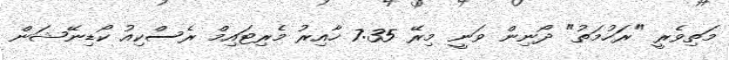
މަތިވެރީ "ރަހުމަތު" ދޯނިން ވަނީ މިރޭ 7:35 ހާއިރު މެރިޓައިމް ރެސްކިއު ކޯޑިނޭޝަން